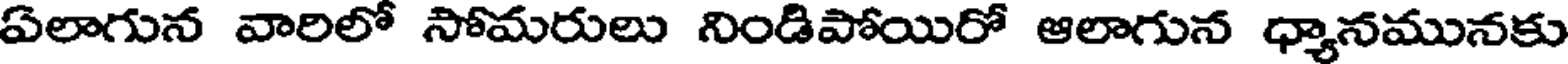
ఏలాగున వారిలో సోమరులు నిండిపోయిరో ఆలాగున ధ్యానమునకు